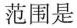
范围是